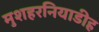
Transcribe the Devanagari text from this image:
मुशहरनियाडीह